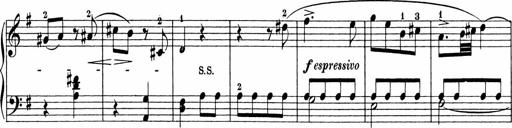
Title: Sonatinen Op.47, 98 und 136, nebst 6 Liedersonatinen
Composer: Carl Reinecke